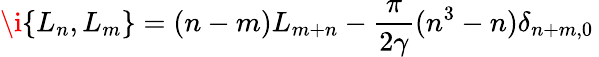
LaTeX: \i\{ L_{n},L_{m}\} =(n-m)L_{m+n}-\frac{\pi}{2\gamma}(n^{3}-n)\delta_{n+m,0}\,